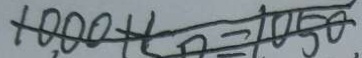
1 0 0 0 + c n = 1 0 5 0 .